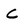
Character: C